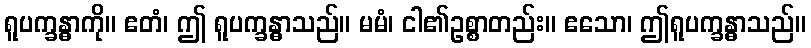
ရူပက္ခန္ဓာကို။ ဧတံ၊ ဤ ရူပက္ခန္ဓာသည်။ မမံ၊ ငါ၏ဥစ္စာတည်း။ ဧသော၊ ဤရူပက္ခန္ဓာသည်။